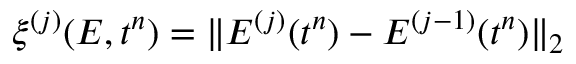
\xi ^ { ( j ) } ( E , t ^ { n } ) = \| E ^ { ( j ) } ( t ^ { n } ) - E ^ { ( j - 1 ) } ( t ^ { n } ) \| _ { 2 }